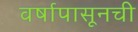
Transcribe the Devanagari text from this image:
वर्षापासूनची